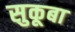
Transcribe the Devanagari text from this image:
सुकूबा